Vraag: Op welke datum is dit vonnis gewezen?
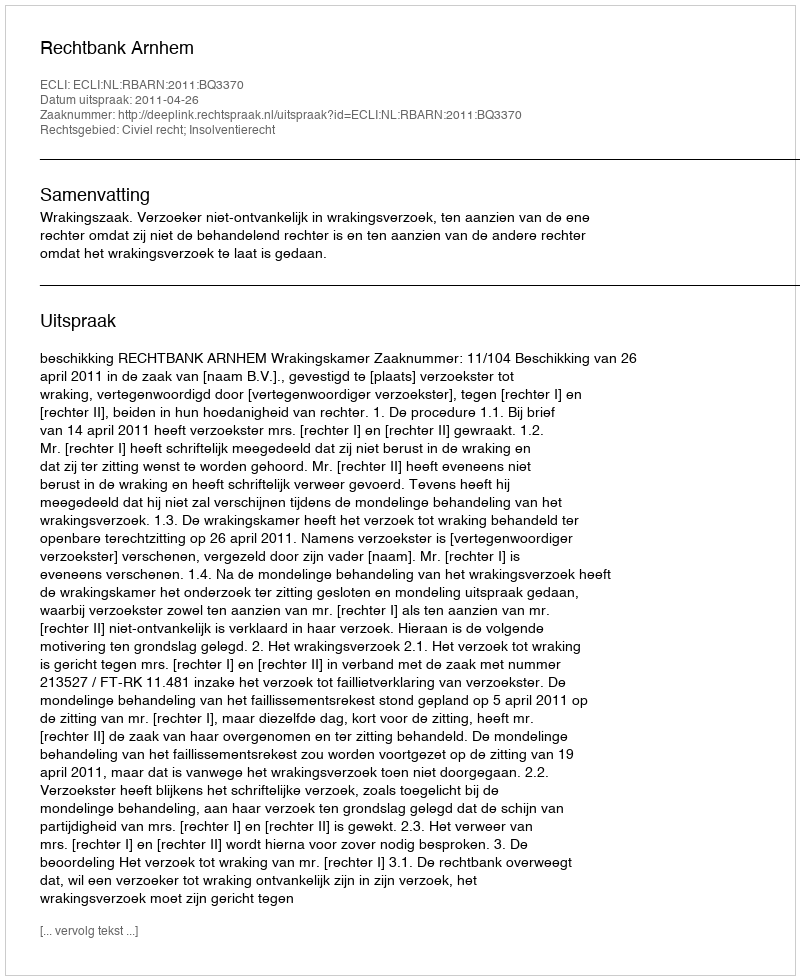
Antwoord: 2011-04-26